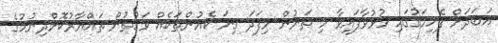
އަބަދަށް ފެހިމަގުގައި ހުޅުވާފައިވާ މި ތަނުން މިފަދަ ގިނަ ކެއުންތަކެއް ވަގުތުން ތައްޔާރުކޮށްދިނުމުގެ